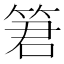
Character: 䇹